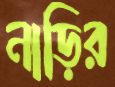
নাড়ির